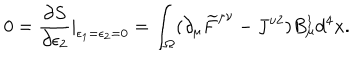
0 = \frac { \partial S } { \partial \epsilon _ { 2 } } | _ { \epsilon _ { 1 } = \epsilon _ { 2 } = 0 } = \int _ { \Omega } ( \partial _ { \mu } \widetilde { F } ^ { \mu \nu } - J ^ { \nu 2 } ) B _ { \mu } ^ { 1 } d ^ { 4 } x .